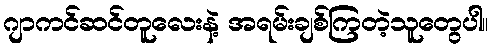
ဂျာကင်ဆင်တူလေးနဲ့ အရမ်းချစ်ကြတဲ့သူတွေပါ။